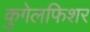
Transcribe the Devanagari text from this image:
कुगेलफिशर